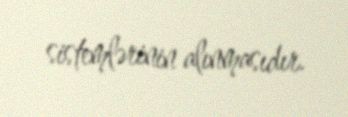
sistemlərinin alınmasıdır.